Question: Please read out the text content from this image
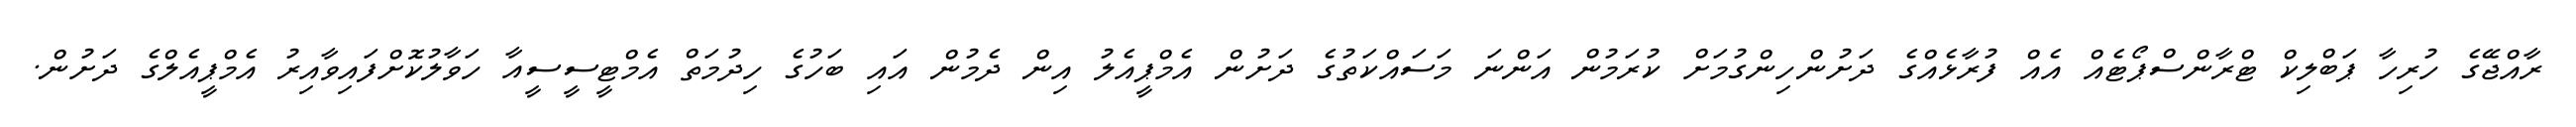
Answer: ރާއްޖޭގެ ހުރިހާ ޕަބްލިކް ޓްރާންސްޕޯޓެއް އެއް ފުރާޅެއްގެ ދަށުންހިންގުމަށް ކުރަމުން އަންނަ މަސައްކަތުގެ ދަށުން އެމްޕީއެލު އިން ދެމުން އައި ބަހުގެ ހިދުމަތް އެމްޓީސީސީއާ ހަވާލުކޮށްފައިވާއިރު އެމްޕީއެލްގެ ދަށުން.